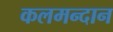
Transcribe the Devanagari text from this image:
कलमन्दान